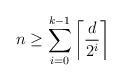
LaTeX: \begin{align*}n \geq \sum_{i=0}^{k-1} \left\lceil\frac{d}{2^i}\right\rceil\end{align*}